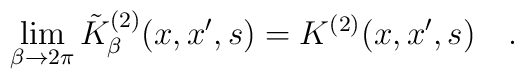
\lim_{\beta\rightarrow 2\pi}\tilde{K}^{(2)}_\beta(x,x',s)=K^{(2)}(x,x',s)~~~.